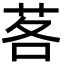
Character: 茖